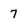
Character: 7